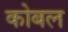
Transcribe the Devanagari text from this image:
कोबल